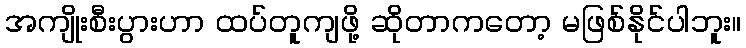
အကျိုးစီးပွားဟာ ထပ်တူကျဖို့ ဆိုတာကတော့ မဖြစ်နိုင်ပါဘူး။